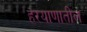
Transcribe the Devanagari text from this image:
हरयाणातील